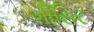
ગીસિર